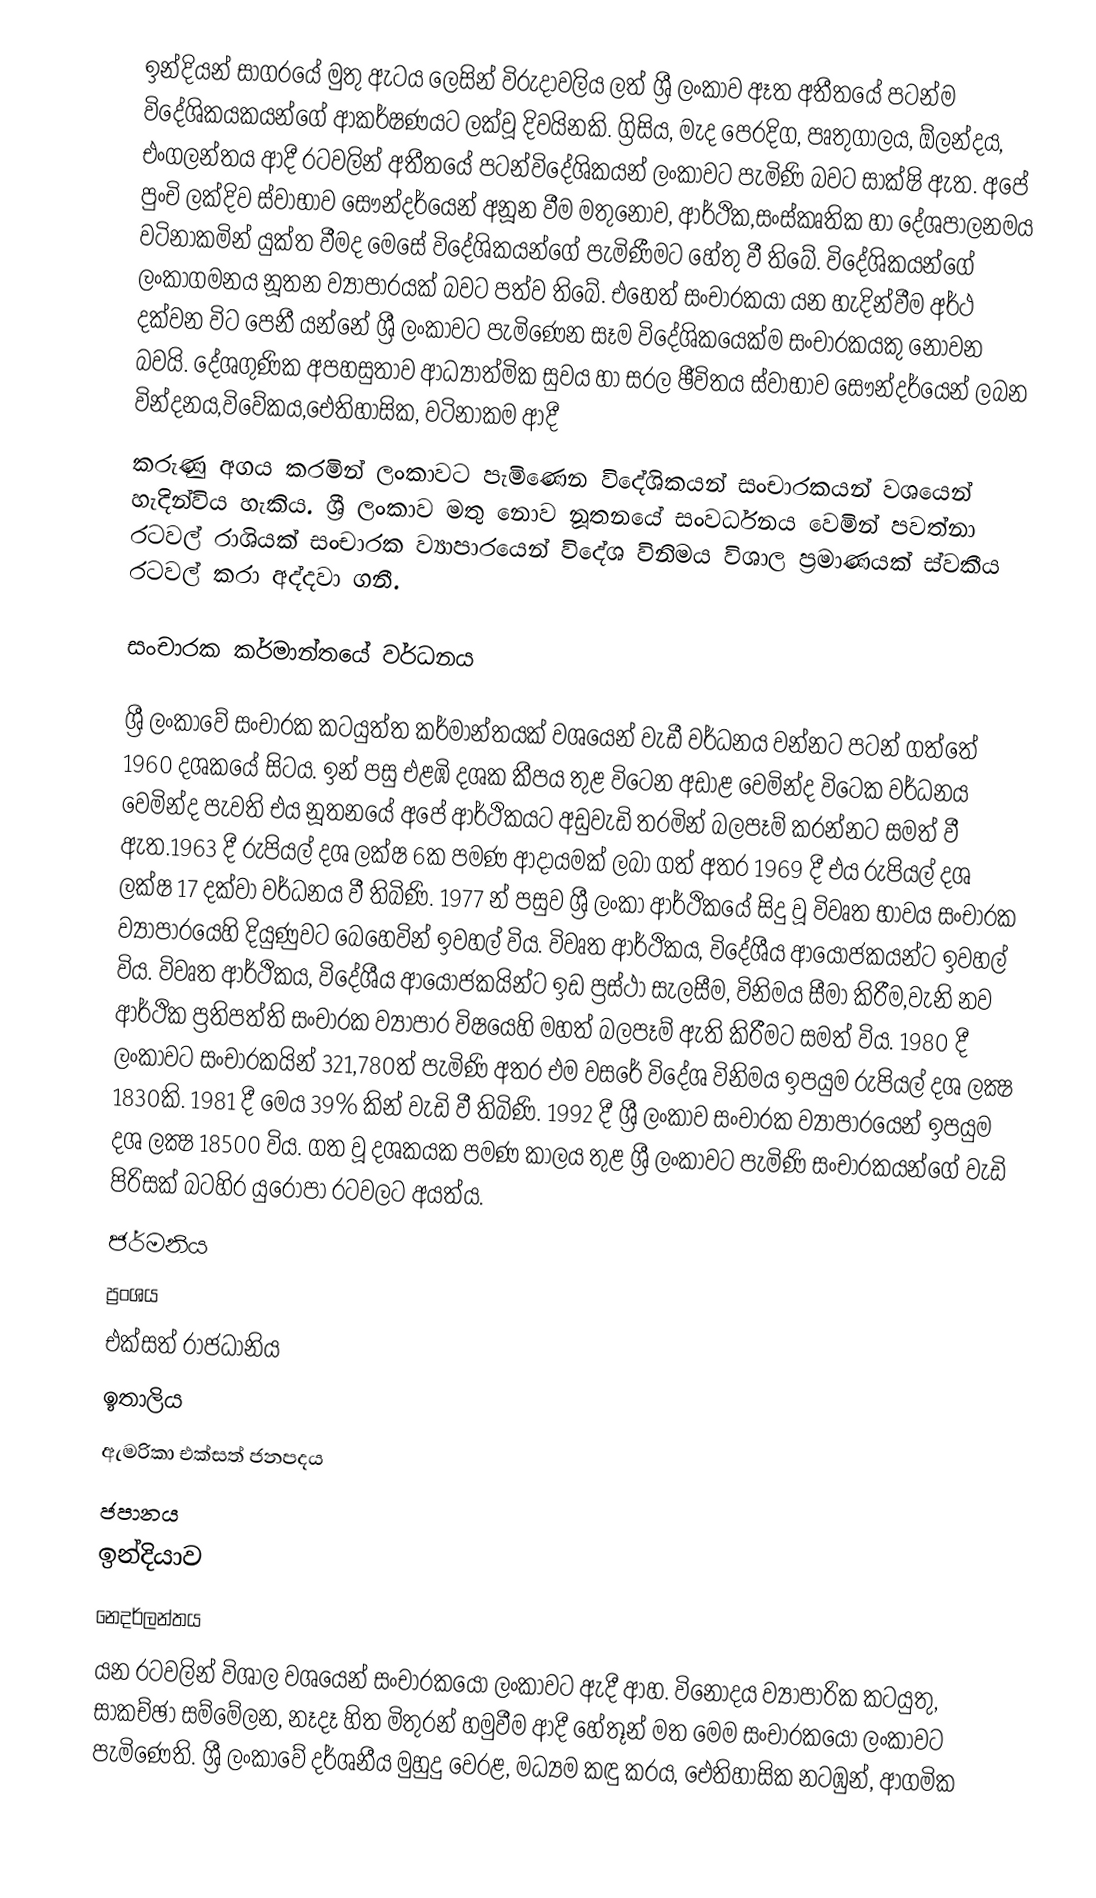
ඉන්දියන් සාගරයේ මුතු ඇටය ලෙසින් විරුදාවලිය ලත් ශ්‍රී ලංකාව ඈත අතීතයේ පටන්ම විදේශිකයකයන්ගේ ආකර්ෂණයට ලක්වූ දිවයිනකි. ග්‍රිසිය, මැද පෙරදිග, පෘතුගාලය, ඕලන්දය, එංගලන්තය ආදී රටවලින් අතීතයේ පටන්විදේශිකයන් ලංකාවට පැමිණි බවට සාක්ෂි ඇත. අපේ පුංචි ලක්දිව ස්වාභාව සෞන්දර්යෙන් අනූන වීම මතුනොව, ආර්ථික,සංස්කෘතික හා දේශපාලනමය වටිනාකමින් යුක්ත වීමද මෙසේ විදේශිකයන්ගේ පැමිණීමට හේතු වී තිබේ. විදේශිකයන්ගේ ලංකාගමනය නූතන ව්‍යාපාරයක් බවට පත්ව තිබේ. එහෙත් සංචාරකයා යන හැදින්වීම අර්ථ දක්වන විට පෙනී යන්නේ ශ්‍රී ලංකාවට පැමිණෙන සෑම විදේශිකයෙක්ම සංචාරකයකු නොවන බවයි. දේශගුණික අපහසුතාව  ආධ්‍යාත්මික සුවය හා සරල ඡීවිතය ස්වාභාව සෞන්දර්යෙන් ලබන වින්දනය,විවේකය,ඓතිහාසික, වටිනාකම ආදී
කරුණු අගය කරමින් ලංකාවට පැමිණෙන විදේශිකයන් සංචාරකයන් වශයෙන් හැදින්විය හැකිය. ශ්‍රී ලංකාව මතු නොව නූතනයේ සංවර්ධනය වෙමින් පවත්නා රටවල් රාශියක් සංචාරක ව්‍යාපාරයෙන් විදේශ විනිමය විශාල ප්‍රමාණයක් ස්වකීය රටවල් කරා අද්දවා ගනී.

සංචාරක කර්මාන්තයේ වර්ධනය

ශ්‍රී ලංකාවේ සංචාරක කටයුත්ත කර්මාන්තයක් වශයෙන් වැඩී වර්ධනය වන්නට පටන් ගත්තේ 1960 දශකයේ සිටය. ඉන් පසු එළඹි දශක කීපය තුළ විටෙන අඩාළ වෙමින්ද  විටෙක වර්ධනය වෙමින්ද පැවති එය නූතනයේ අපේ ආර්ථිකයට අඩුවැඩි තරමින් බලපෑම් කරන්නට සමත් වී ඇත.1963 දී රුපියල් දශ ලක්ෂ 6ක පමණ ආදායමක් ලබා ගත් අතර 1969 දී එය රුපියල් දශ ලක්ෂ 17 දක්වා වර්ධනය වී තිබිණි. 1977 න් පසුව ශ්‍රී ලංකා ආර්ථිකයේ සිදු වූ විවෘත භාවය සංචාරක ව්‍යාපාරයෙහි දියුණුවට බෙහෙවින් ඉවහල් විය. විවෘත ආර්ථිකය, විදේශීය ආයෝජකයන්ට ඉවහල් විය. විවෘත ආර්ථිකය, විදේශීය ආයෝජකයින්ට ඉඩ ප්‍රස්ථා සැලසීම, විනිමය සීමා කිරීම,වැනි නව ආර්ථික ප්‍රතිපත්ති සංචාරක ව්‍යාපාර විෂයෙහි මහත් බලපෑම් ඇති කිරීමට සමත් විය. 1980 දී ලංකාවට  සංචාරකයින් 321,780ත් පැමිණි අතර එම වසරේ විදේශ විනිමය ඉපයුම රුපියල් දශ ලක්‍ෂ 1830කි. 1981 දී මෙය 39% කින් වැඩි වී තිබිණි. 1992 දී  ශ්‍රී ලංකාව සංචාරක ව්‍යාපාරයෙන් ඉපයුම දශ ලක්‍ෂ 18500 විය. ගත වූ දශකයක පමණ කාලය තුළ ශ්‍රී ලංකාවට පැමිණි සංචාරකයන්ගේ වැඩි පිරිසක් බටහිර යුරෝපා රටවලට අයත්ය.
ජර්මනිය
ප්‍රංශය
එක්සත් රාජධානිය
ඉතාලිය
ඇමරිකා එක්සත් ජනපදය
ජපානය
ඉන්දියාව
නෙදර්ලන්තය
යන රටවලින් විශාල වශයෙන් සංචාරකයෝ ලංකාවට ඇදී ආහ.  විනෝදය ව්‍යාපාරික කටයුතු, සාකච්ඡා සම්මේලන, නෑදෑ හිත මිතුරන් හමුවීම ආදී හේතූන් මත මෙම සංචාරකයෝ ලංකාවට පැමිණෙති. ශ්‍රී ලංකාවේ දර්ශනීය මුහුදු  වෙරළ, මධ්‍යම කඳු කරය, ඓතිහාසික නටඹුන්, ආගමික